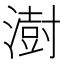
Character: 澍